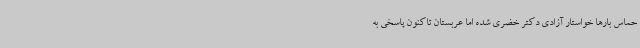
حماس بارها خواستار آزادی دکتر خضری شده اما عربستان تاکنون پاسخی به